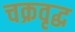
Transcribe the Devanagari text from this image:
चक्रवृद्ध